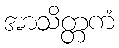
အာသိတ္တကံ